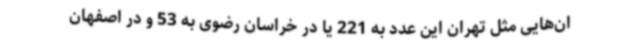
ان‌هایی مثل تهران این عدد به 221 یا در خراسان رضوی به 53 و در اصفهان